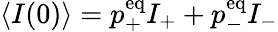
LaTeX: \langle I(0)\rangle=p_{+}^{\mathrm{eq}}I_{+}+p_{-}^{\mathrm{eq}}I_{-}